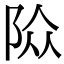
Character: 𨹊